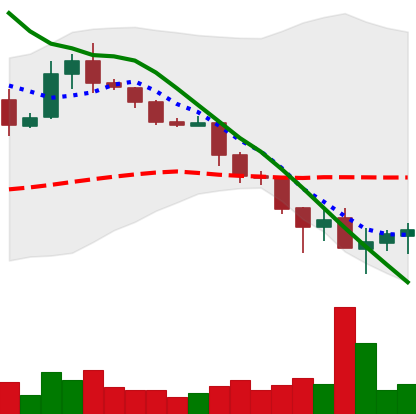
Ticker: XLM-USD
Chart end date: 2019-11-27
Forward return: -5.044%
Label: down_5_7